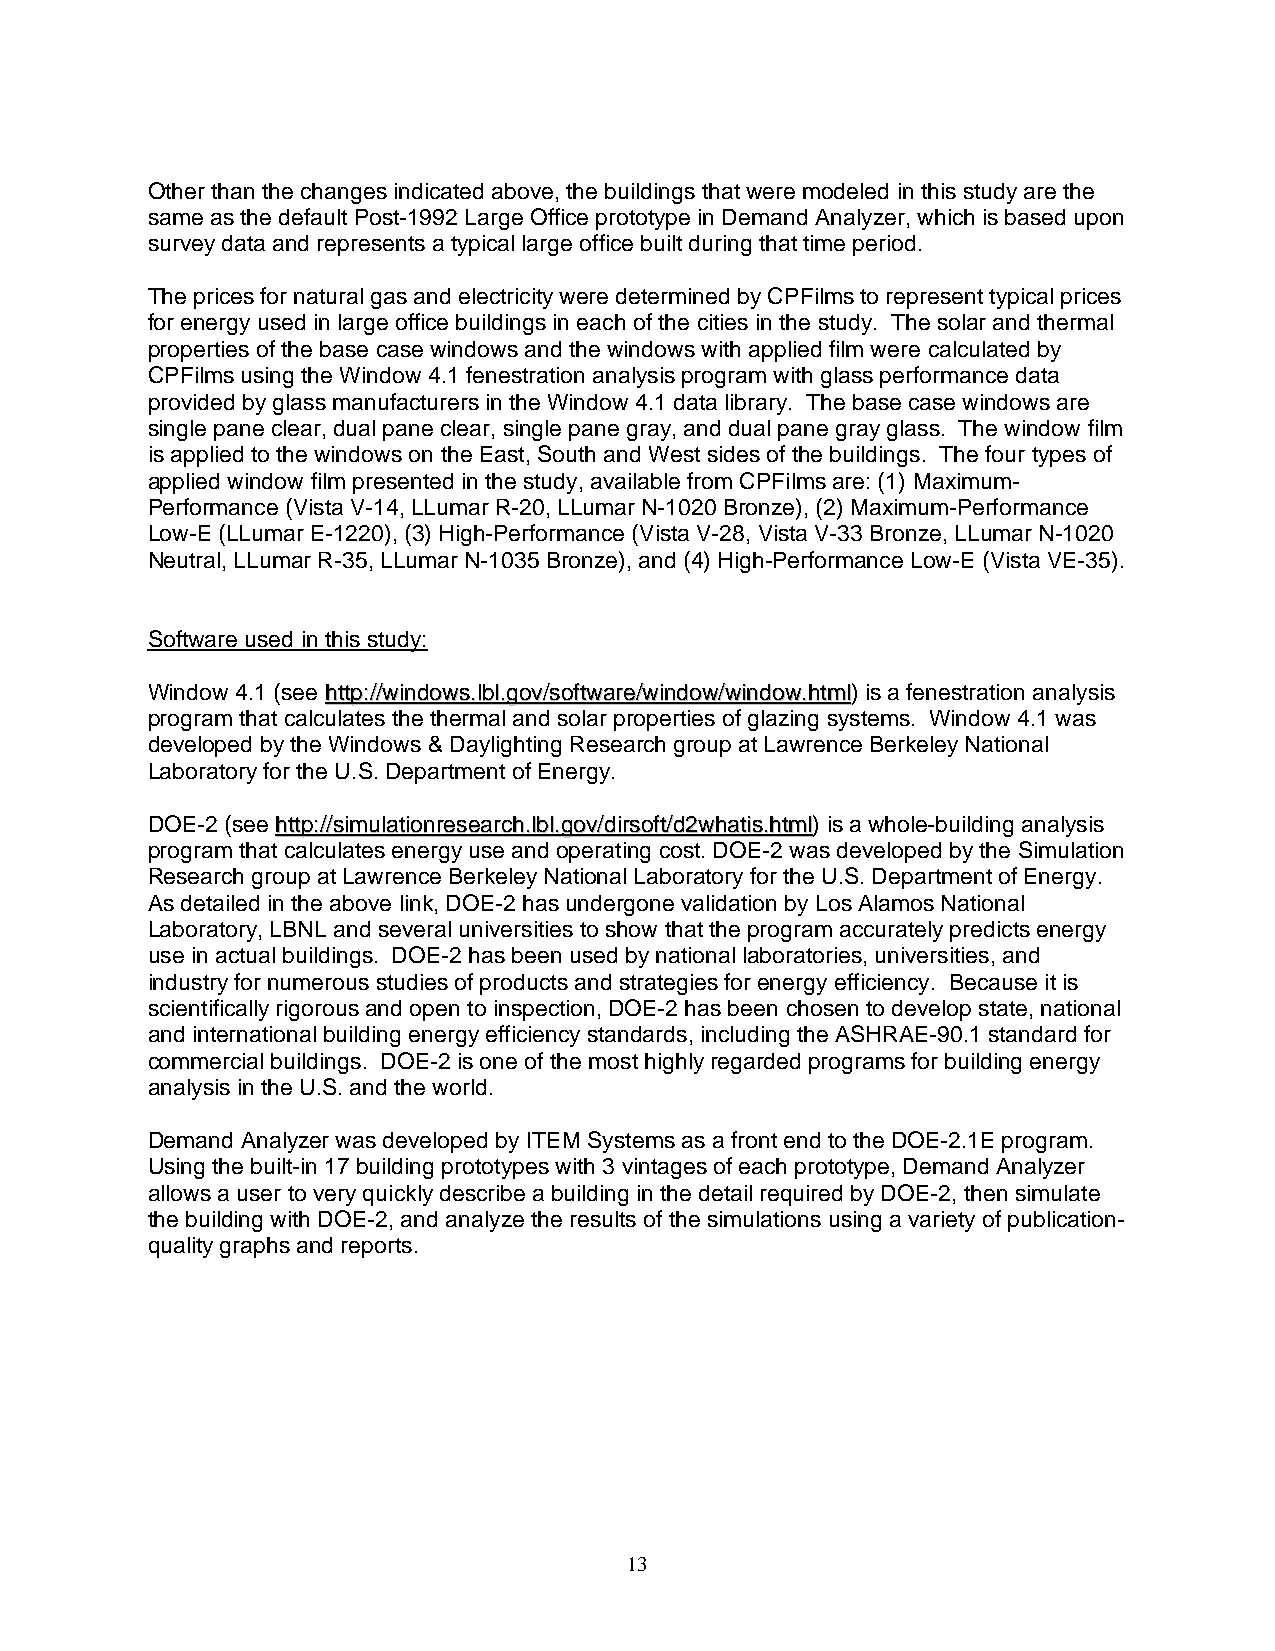
Other than the changes indicated above, the buildings that were modeled in this study are the
 same as the default Post-1992 Large Office prototype in Demand Analyzer, which is based upon
 survey data and represents a typical large office built during that time period.
 The prices for natural gas and electricity were determined by CPFilms to represent typical prices
 for energy used in large office buildings in each of the cities in the study. The solar and thermal
 properties of the base case windows and the windows with applied film were calculated by
 CPFilms using the Window 4.1 fenestration analysis program with glass performance data
 provided by glass manufacturers in the Window 4.1 data library. The base case windows are
 single pane clear, dual pane clear, single pane gray, and dual pane gray glass. The window film
 is applied to the windows on the East, South and West sides of the buildings. The four types of
 applied window film presented in the study, available from CPFilms are: (1) Maximum-
 Performance (Vista V-14, LLumar R-20, LLumar N-1020 Bronze), (2) Maximum-Performance
 Low-E (LLumar E-1220), (3) High-Performance (Vista V-28, Vista V-33 Bronze, LLumar N-1020
 Neutral, LLumar R-35, LLumar N-1035 Bronze), and (4) High-Performance Low-E (Vista VE-35).
 Software used in this study:
 Window 4.1 (see hhttttpp::////wwiinnddoowwss..llbbll..ggoovv//ssooffttwwaarree//wwiinnddooww//wwiinnddooww..hhttmmll) is a fenestration analysis
 program that calculates the thermal and solar properties of glazing systems. Window 4.1 was
 developed by the Windows & Daylighting Research group at Lawrence Berkeley National
 Laboratory for the U.S. Department of Energy.
 DOE-2 (see hhttttpp::////ssiimmuullaattiioonnrreesseeaarrcchh..llbbll..ggoovv//ddiirrssoofftt//dd22wwhhaattiiss..hhttmmll) is a whole-building analysis
 program that calculates energy use and operating cost. DOE-2 was developed by the Simulation
 Research group at Lawrence Berkeley National Laboratory for the U.S. Department of Energy.
 As detailed in the above link, DOE-2 has undergone validation by Los Alamos National
 Laboratory, LBNL and several universities to show that the program accurately predicts energy
 use in actual buildings. DOE-2 has been used by national laboratories, universities, and
 industry for numerous studies of products and strategies for energy efficiency. Because it is
 scientifically rigorous and open to inspection, DOE-2 has been chosen to develop state, national
 and international building energy efficiency standards, including the ASHRAE-90.1 standard for
 commercial buildings. DOE-2 is one of the most highly regarded programs for building energy
 analysis in the U.S. and the world.
 Demand Analyzer was developed by ITEM Systems as a front end to the DOE-2.1E program.
 Using the built-in 17 building prototypes with 3 vintages of each prototype, Demand Analyzer
 allows a user to very quickly describe a building in the detail required by DOE-2, then simulate
 the building with DOE-2, and analyze the results of the simulations using a variety of publication-
 quality graphs and reports.
 13